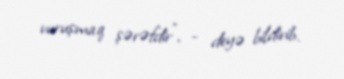
vuruşmaq şərəfdir”, - deyə bildirib.